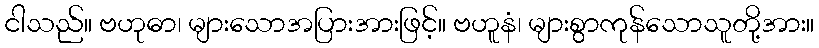
ငါသည်။ ဗဟုဓာ၊ များသောအပြားအားဖြင့်။ ဗဟူနံ၊ များစွာကုန်သောသူတို့အား။